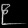
Digit: ၉